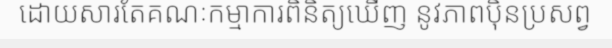
ដោយសារតែគណៈកម្មាការពិនិត្យឃើញ នូវភាពប៉ិនប្រសព្វ